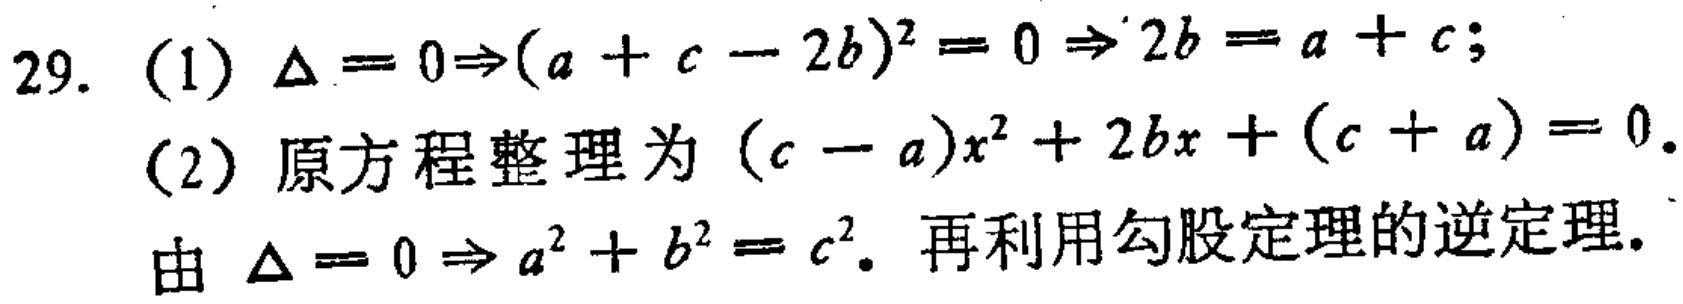
29. (1) $\Delta = 0\Rightarrow(a + c - 2b)^2 = 0\Rightarrow 2b = a + c$;
(2) 原方程整理为 $(c - a)x^{2}+2bx+(c + a)=0$.
由 $\Delta = 0\Rightarrow a^{2}+b^{2}=c^{2}$. 再利用勾股定理的逆定理.